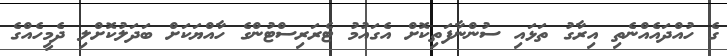
ގެ ހުއްދައެއްނެތި އިރާގު ތަޅައި ސުންނާފަތިކޮށް އެގައުމު ޓެރަރިސްޓުންގެ ހާއްޔަކަށް ބަދަލުކޮށްލި ދެމީހެއްގެ